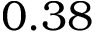
0 . 3 8